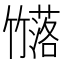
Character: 𮆗